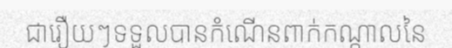
ជារឿយៗទទួលបានកំណើនពាក់កណ្តាលនៃ